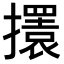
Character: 𢸃